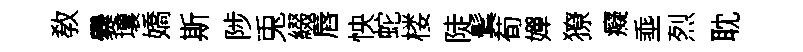
敎爨壤嬌斯陟兎綴唇怏蛇楼陡鬂荀嬋獠癡埀烈耽